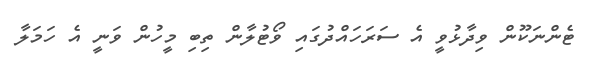
ޓެންނަކޫން ވިދާޅުވީ އެ ސަރަހައްދުގައި ވޯޓުލާން ތިބި މީހުން ވަނީ އެ ހަމަލާ